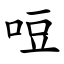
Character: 哣